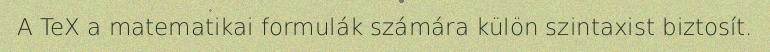
A TeX a matematikai formulák számára külön szintaxist biztosít.